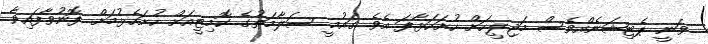
ވަނީ ޕެޓިޝަނެއްވެސް މަޖިލީހަށް ހުށަހަޅާފަ އެވެ. ގައުމީ ސަލާމަތުގެ ކޮމިޓީއަށް ހުށަހެޅުމަށް ފޮނުވާފައިވާ